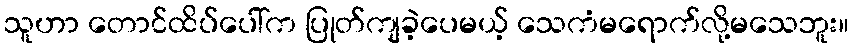
သူဟာ တောင်ထိပ်ပေါ်က ပြုတ်ကျခဲ့ပေမယ့် သေကံမရောက်လို့မသေဘူး။